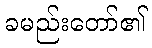
ခမည်းတော်၏